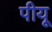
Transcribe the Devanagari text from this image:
पीयू